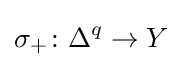
\sigma _{+}\colon \Delta ^{q}\rightarrow Y